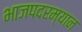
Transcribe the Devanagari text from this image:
भाजपदरम्यान